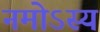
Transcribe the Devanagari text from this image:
नमोऽस्य